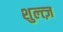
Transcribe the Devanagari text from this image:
शुल्त्ज़